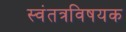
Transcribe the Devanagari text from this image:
स्वंतत्रविषयक